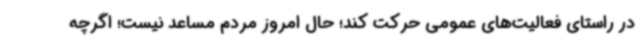
در راستای فعالیت‌های عمومی حرکت کند؛ حال امروز مردم مساعد نیست؛ اگرچه